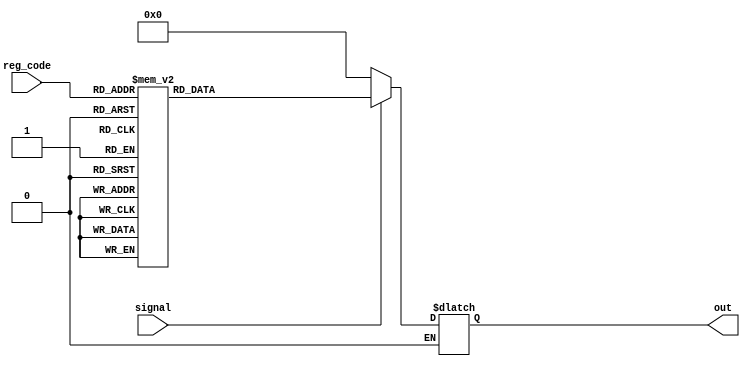
module one_hot(signal, reg_code, out);
	input signal;
	input [2:0] reg_code;
	output reg [7:0] out;

	always @(signal, reg_code) begin
		if (signal == 1'b1) begin
			case(reg_code)
				3'b000: begin out = 8'b00000001; end // Reg 0
				3'b001: begin out = 8'b00000010; end // Reg 1
				3'b010: begin out = 8'b00000100; end // Reg 2
				3'b011: begin out = 8'b00001000; end // Reg 3
				3'b100: begin out = 8'b00010000; end // Reg 4
				3'b101: begin out = 8'b00100000; end // Reg 5
				3'b110: begin out = 8'b01000000; end // Reg 6
				3'b111: begin out = 8'b10000000; end // Reg 7
			endcase
		end
		else if (signal == 1'b0)
			out = 8'b00000000;
	end

endmodule